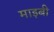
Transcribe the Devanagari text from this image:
माइबी